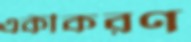
একীকরণ